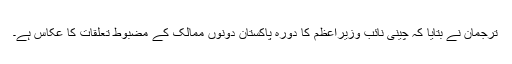
ترجمان نے بتایا کہ چینی نائب وزیراعظم کا دورہ پاکستان دونوں ممالک کے مضبوط تعلقات کا عکاس ہے۔